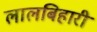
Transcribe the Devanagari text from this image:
लालबिहारी